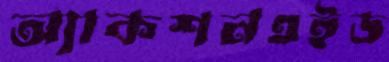
অ্যাকশনএইড